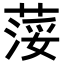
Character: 𦷪